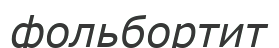
фольбортит